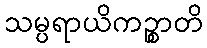
သမ္ပရာယိကဉ္စာတိ